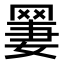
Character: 𫅆